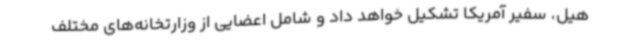
هیل، سفیر آمریکا تشکیل خواهد داد و شامل اعضایی از وزارتخانه‌های مختلف